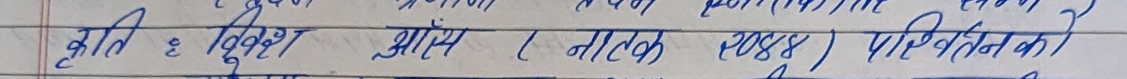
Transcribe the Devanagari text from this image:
कृति: दुविधा (नाटक, २०४४) परिवर्तनका